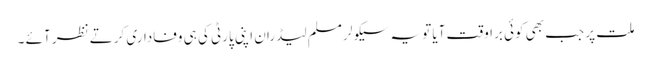
ملت پر جب بھی کوئی براوقت آیا تو یہ سیکولر مسلم لیڈران اپنی پارٹی کی ہی وفاداری کرتے نظر آئے ۔